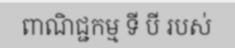
ពាណិជ្ជកម្ម ទី បី របស់